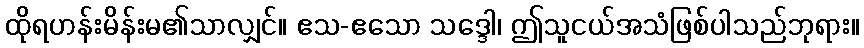
ထိုရဟန်းမိန်းမ၏သာလျှင်။ ဧသ-ဧသော သဒ္ဒေါ၊ ဤသူငယ်အသံဖြစ်ပါသည်ဘုရား။